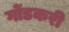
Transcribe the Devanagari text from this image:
गोंडकरी